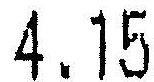
4.15